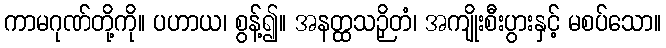
ကာမဂုဏ်တို့ကို။ ပဟာယ၊ စွန့်၍။ အနတ္ထသဉှိတံ၊ အကျိုးစီးပွားနှင့် မစပ်သော။